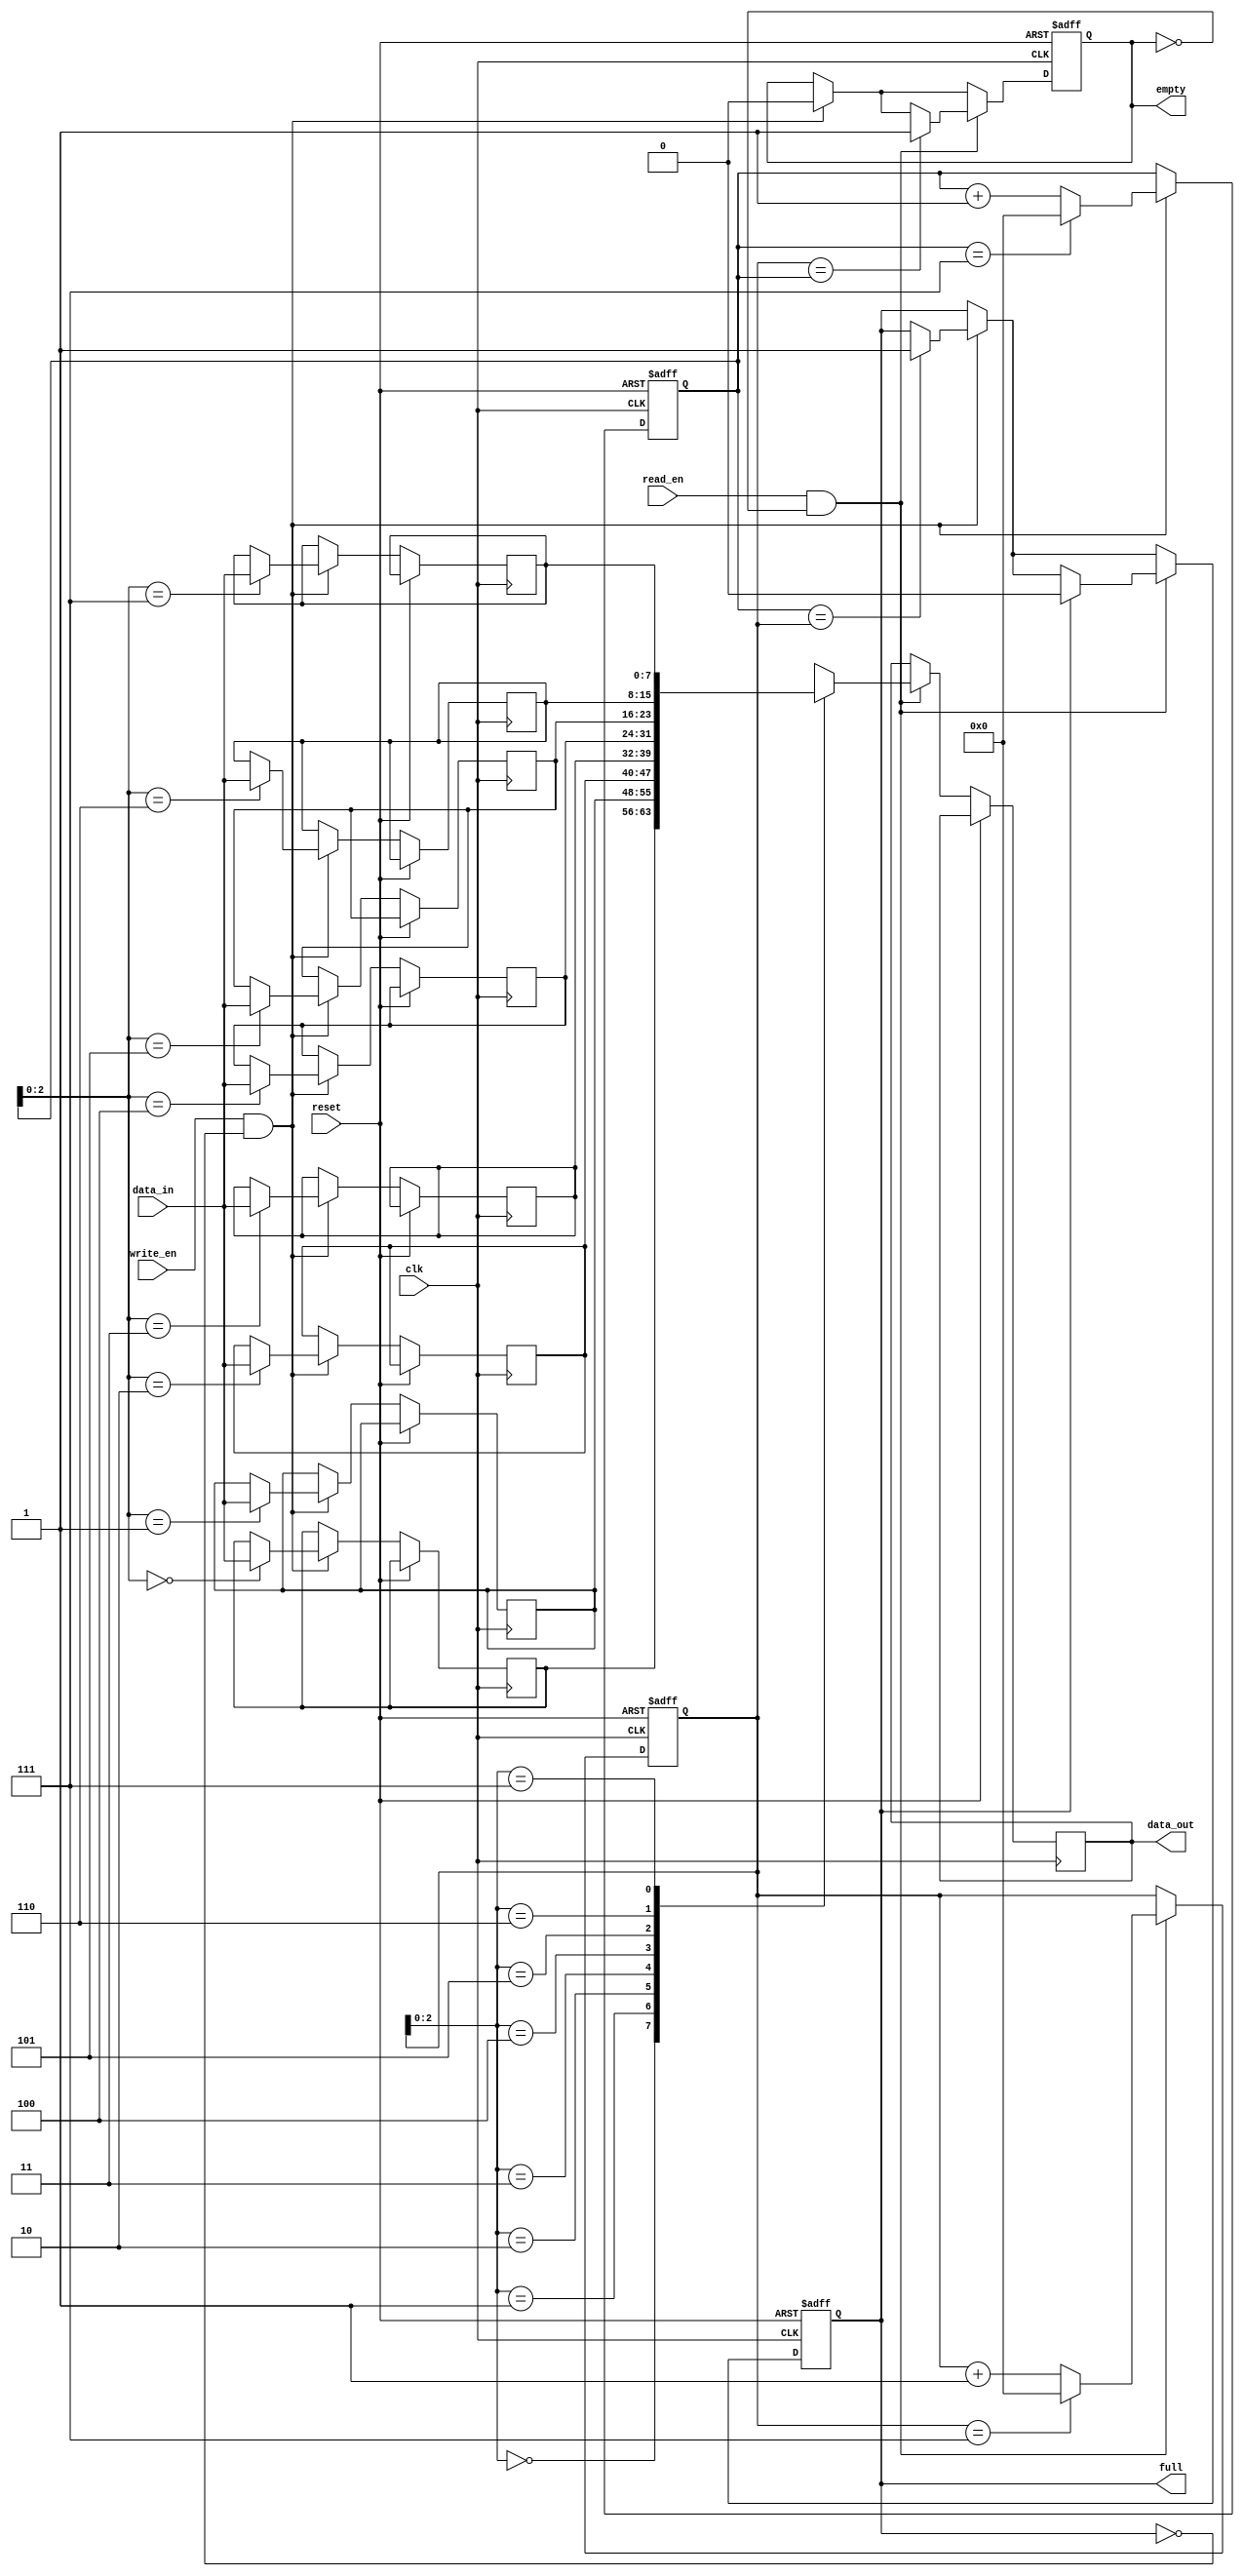
module fifo (
    input wire clk,
    input wire reset,
    input wire write_en,
    input wire read_en,
    input wire [DATA_WIDTH-1:0] data_in,
    output reg [DATA_WIDTH-1:0] data_out,
    output wire empty,
    output wire full
);

parameter DEPTH = 8; // Depth of the FIFO
parameter DATA_WIDTH = 8; // Width of the data

reg [DATA_WIDTH-1:0] mem [0:DEPTH-1];
reg [DATA_WIDTH-1:0] data_out_reg;
reg [DATA_WIDTH-1:0] read_ptr, write_ptr;
reg [DATA_WIDTH-1:0] next_data_out;
reg empty_reg, full_reg;

// Initialize pointers and flags
initial begin
    read_ptr = 0;
    write_ptr = 0;
    empty_reg = 1;
    full_reg = 0;
end

always @(posedge clk or posedge reset) begin
    if (reset) begin
        read_ptr <= 0;
        write_ptr <= 0;
        empty_reg <= 1;
        full_reg <= 0;
    end else begin
        if (write_en && !full_reg) begin
            mem[write_ptr] <= data_in;
            write_ptr <= write_ptr + 1;
            if (write_ptr == DEPTH-1)
                write_ptr <= 0;
            if (empty_reg)
                empty_reg <= 0;
            if (write_ptr == read_ptr)
                full_reg <= 1;
        end
        if (read_en && !empty_reg) begin
            data_out_reg <= mem[read_ptr];
            next_data_out <= mem[read_ptr];
            read_ptr <= read_ptr + 1;
            if (read_ptr == DEPTH-1)
                read_ptr <= 0;
            if (full_reg)
                full_reg <= 0;
            if (read_ptr == write_ptr)
                empty_reg <= 1;
        end
    end
end

assign data_out = data_out_reg;
assign empty = empty_reg;
assign full = full_reg;

endmodule